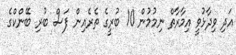
އަދި ވިދާޅުވީ އިމާރާތް ނިމުމުން 10 ބުރީގެ ތެރެއިން ފަސް ބުރި ބޭންކްގެ